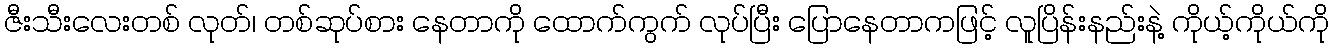
ဇီးသီးလေးတစ် လုတ်၊ တစ်ဆုပ်စား နေတာကို ထောက်ကွက် လုပ်ပြီး ပြောနေတာကဖြင့် လူပြိန်းနည်းနဲ့ ကိုယ့်ကိုယ်ကို